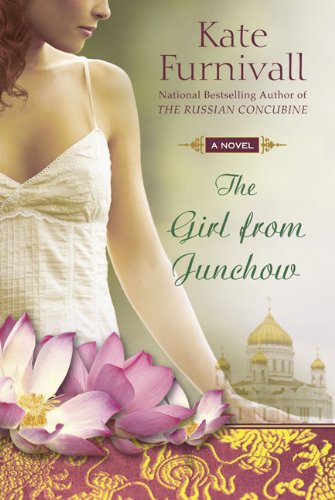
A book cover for The Girl from Junchow; Kate Furnivall; Travel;